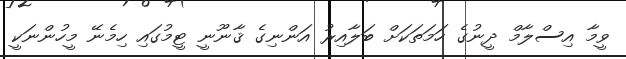
ވީމާ އިސްލާމް ދީނުގެ ހަމަތަކަށް ބަލާއިރު އަންނިގެ ޤާނޫނީ ޓީމުގައި ހިމެނޭ މީހުންނަކީ